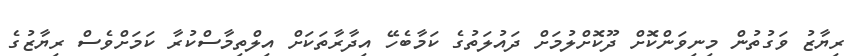
ރިޔާޒު ވަގުތުން މިނިވަންކޮށް ދޫކޮށްލުމަށް ދައުލަތުގެ ކަމާބެހޭ އިދާރާތަކަށް އިލްތިމާސްކުރާ ކަމަށްވެސް ރިޔާޒުގެ